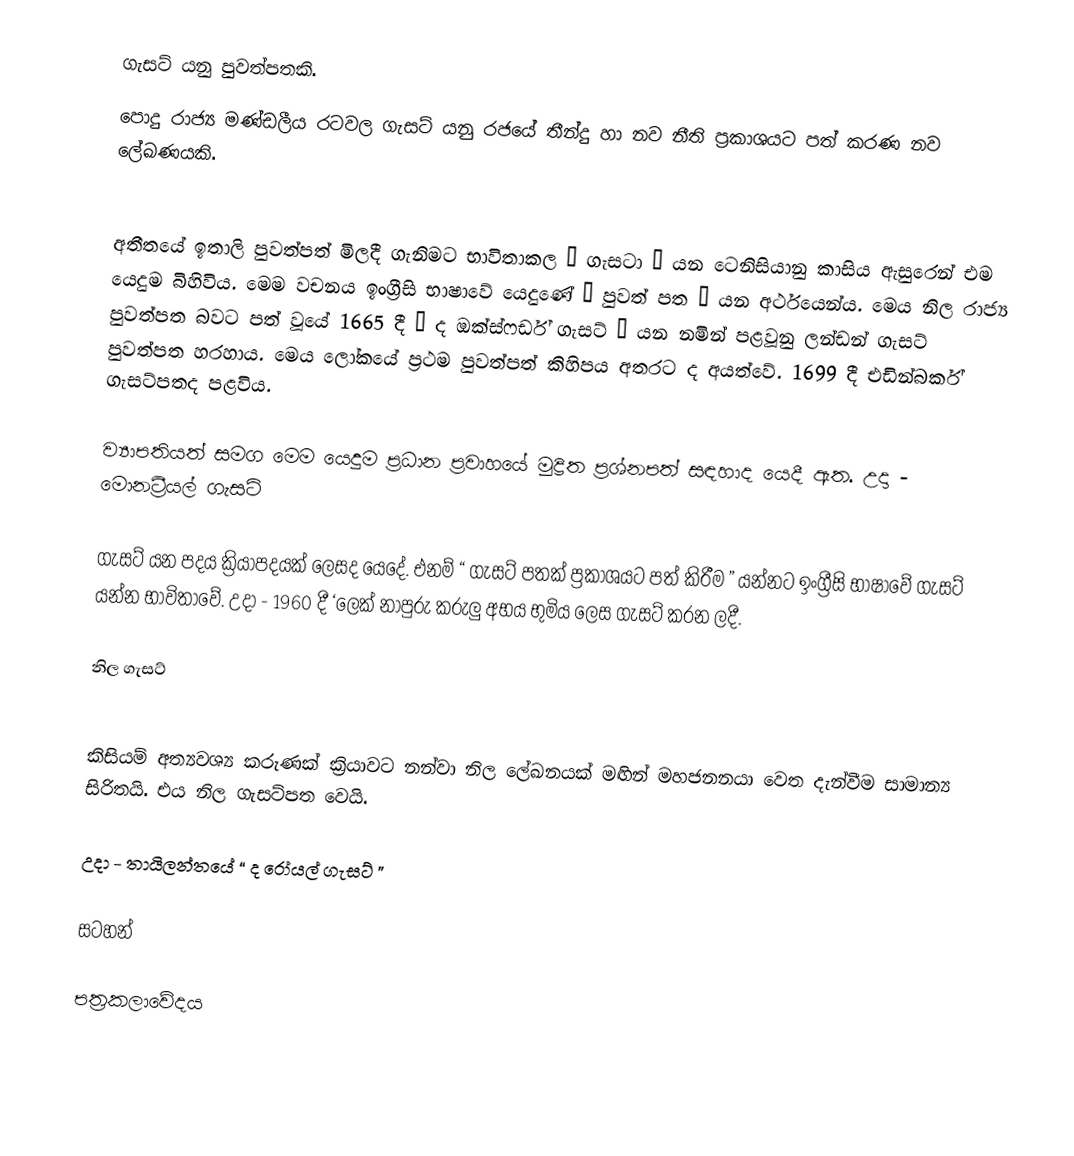
ගැසට් යනු පුවත්පතකි.
පොදු රාජ්‍ය මණ්ඩලීය රටවල ගැසට් යනු රජයේ තීන්දු හා නව නීති ප්‍රකාශයට පත් කරණ නව ලේඛණයකි.

අතීතයේ ඉතාලි පුවත්පත් මිලදී ගැනිමට භාවිතාකල “ ගැසටා ” යන ටෙනිසියානු කාසිය ඇසුරෙන් එම යෙදුම බිහිවිය. මෙම වචනය ඉංග්‍රීසි භාෂාවේ යෙදුණේ “ පුවත් පත ” යන අර්ථයෙන්ය. මෙය නිල රාජ්‍ය පුවත්පත බවට පත් වූයේ 1665 දී “ ද ඔක්ස්ෆර්ඩ් ගැසට් ” යන නමින් පළවූනු ලන්ඩන් ගැසට් පුවත්පත හරහාය. මෙය ලෝකයේ ප්‍රථම පුවත්පත් කිහිපය අතරට ද අයත්වේ. 1699 දී එඩින්බර්ක් ගැසට්පතද පළවිය.

ව්‍යාපතියත් සමග මෙම යෙදුම ප්‍රධාන ප්‍රවාහයේ මුද්‍රිත ප්‍රශ්නපත් සඳහාද යෙදී ඇත. උදා - මොනට්‍රීයල් ගැසට්

ගැසට් යන පදය ක්‍රියාපදයක් ලෙසද යෙදේ. එනම් “ ගැසට් පතක් ප්‍රකාශයට පත් කිරීම ” යන්නට ඉංග්‍රීසි භාෂාවේ ගැසට් යන්න භාවිතාවේ. උදා - 1960 දී ‘ලෙක් නාපුරු කරුලු අභය භුමිය ලෙස ගැසට් කරන ලදී.

නිල ගැසට්

කිසියම් අත්‍යවශ්‍ය කරුණක් ක්‍රියාවට  නන්වා නිල ලේඛනයක් මඟින් මහජනනයා වෙත දැන්වීම සාමාන්‍ය සිරිතයි. එය නිල ගැසට්පත වෙයි.

උදා - තායිලන්තයේ “ ද රෝයල් ගැසට් ”

සටහන්

පත්‍රකලාවේදය